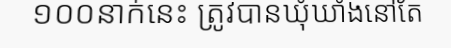
១០០នាក់នេះ ត្រូវបានឃុំឃាំងនៅតែ